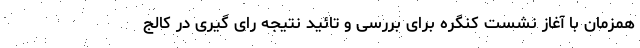
همزمان با آغاز نشست کنگره برای بررسی و تائید نتیجه رای گیری در کالج